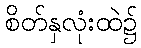
စိတ်နှလုံးထဲ၌